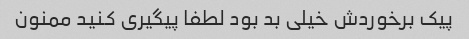
پیک برخوردش خیلی بد بود لطفا پیگیری کنید ممنون